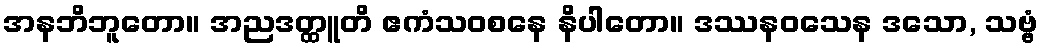
အနဘိဘူတော။ အညဒတ္ထူတိ ဧကံသဝစနေ နိပါတော။ ဒဿနဝသေန ဒသော, သဗ္ဗံ